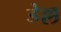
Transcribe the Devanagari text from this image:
डेल्ल